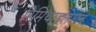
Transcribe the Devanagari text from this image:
रिमिथाइलेशन